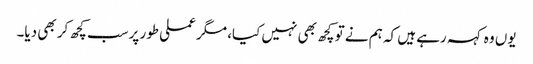
یوں وہ کہہ رہے ہیں کہ ہم نے تو کچھ بھی نہیں کیا، مگر عملی طور پرسب کچھ کر بھی دیا۔